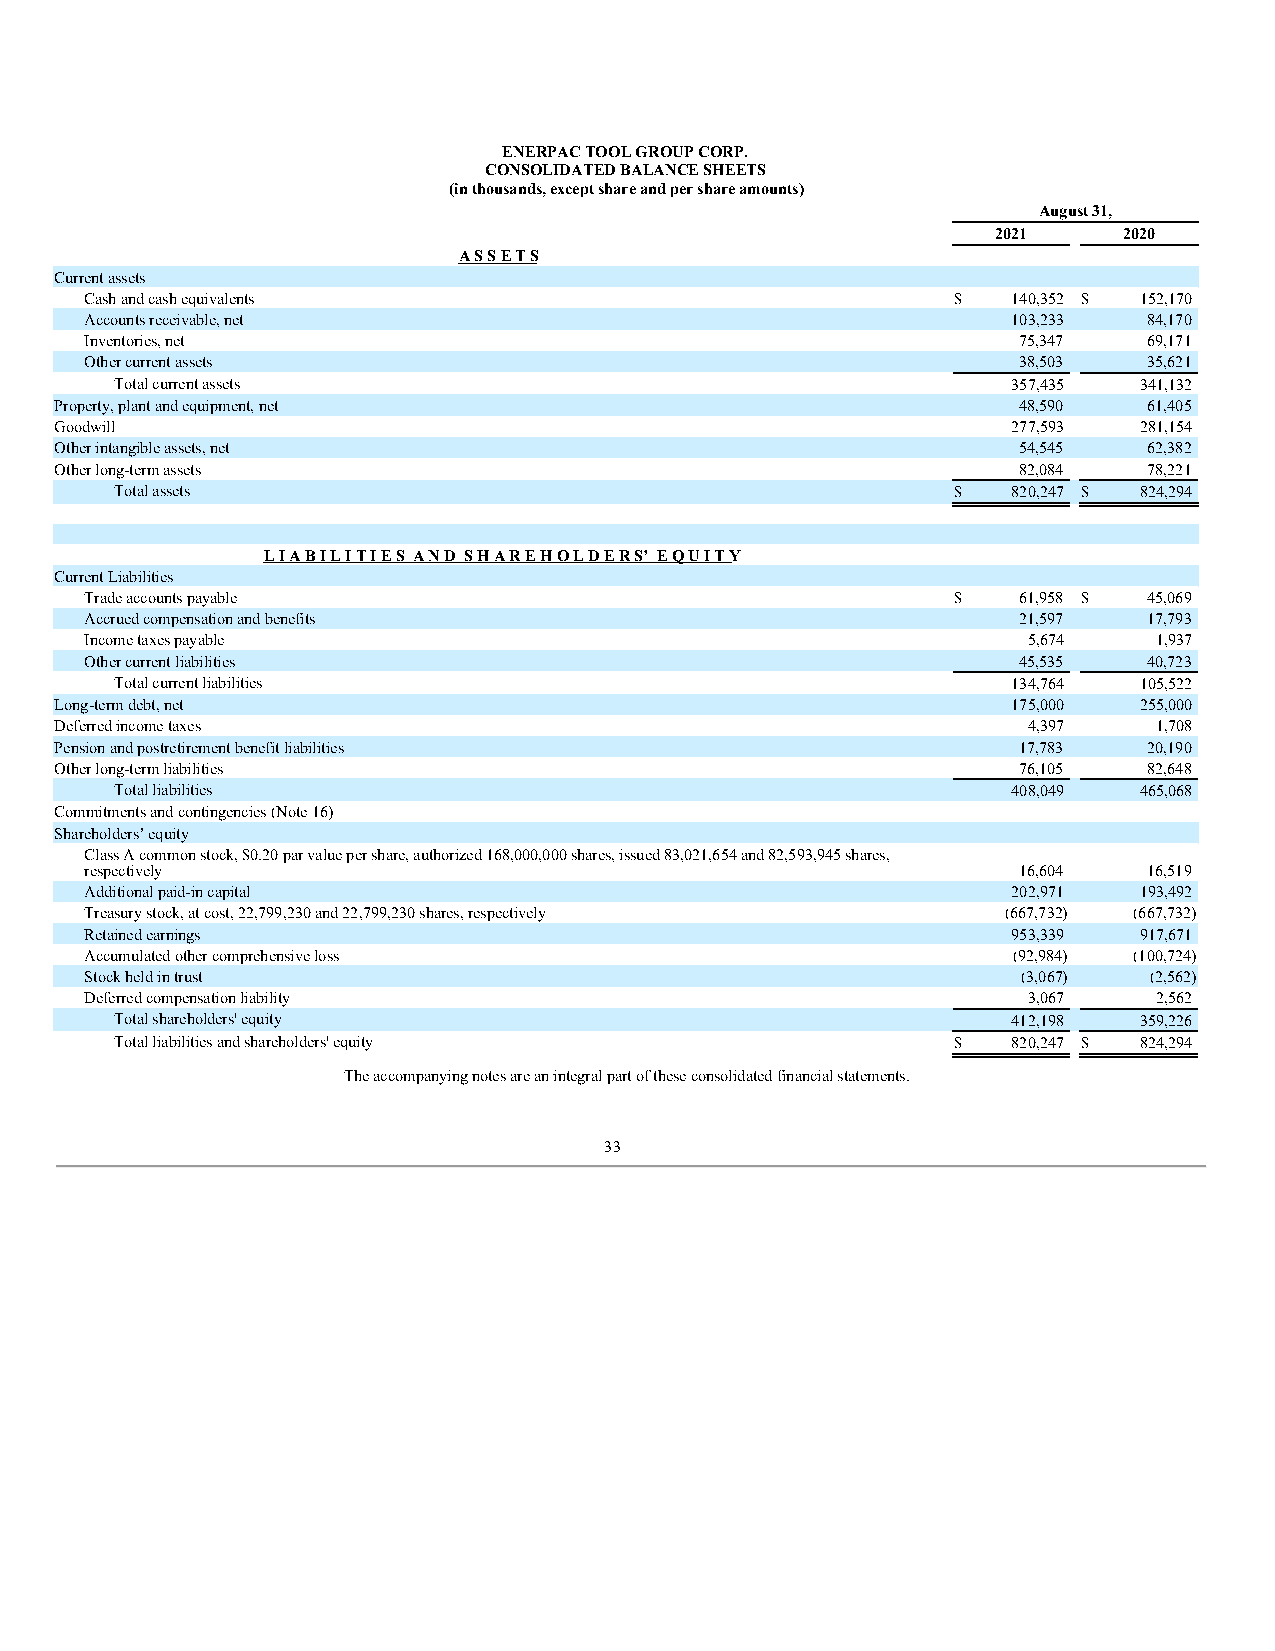
ENERPAC TOOL GROUP CORP.
 CONSOLIDATED BALANCE SHEETS
 (in thousands, except share and per share amounts)
 August 31,
 2021    2020
 A S S E T S
 Current assets
 Cash and cash equivalents                                $   140,352 $ 152,170
 Accounts receivable, net                                     103,233  84,170
 Inventories, net                                             75,347   69,171
 Other current assets                                         38,503   35,621
 Total current assets                                       357,435 341,132
 Property, plant and equipment, net                             48,590   61,405
 Goodwill                                                       277,593 281,154
 Other intangible assets, net                                   54,545   62,382
 Other long-term assets                                         82,084   78,221
 Total assets                                           $   820,247 $ 824,294
 L I A B I L I T I E S A N D S H A R E H O L D E R S’ E Q U I T Y
 Current Liabilities
 Trade accounts payable                                   $   61,958 $ 45,069
 Accrued compensation and benefits                            21,597   17,793
 Income taxes payable                                          5,674    1,937
 Other current liabilities                                    45,535   40,723
 Total current liabilities                                  134,764 105,522
 Long-term debt, net                                            175,000 255,000
 Deferred income taxes                                           4,397    1,708
 Pension and postretirement benefit liabilities                 17,783   20,190
 Other long-term liabilities                                    76,105   82,648
 Total liabilities                                          408,049 465,068
 Commitments and contingencies (Note 16)
 Shareholders’ equity
 Class A common stock, $0.20 par value per share, authorized 168,000,000 shares, issued 83,021,654 and 82,593,945 shares,
 respectively                                                 16,604   16,519
 Additional paid-in capital                                   202,971 193,492
 Treasury stock, at cost, 22,799,230 and 22,799,230 shares, respectively (667,732) (667,732)
 Retained earnings                                            953,339 917,671
 Accumulated other comprehensive loss                         (92,984) (100,724)
 Stock held in trust                                           (3,067) (2,562)
 Deferred compensation liability                               3,067    2,562
 Total shareholders' equity                                 412,198 359,226
 Total liabilities and shareholders' equity             $   820,247 $ 824,294
 The accompanying notes are an integral part of these consolidated financial statements.
 33